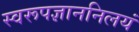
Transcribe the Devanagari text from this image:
स्वरूपज्ञाननिलयं